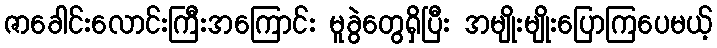
ဇာခေါင်းလောင်းကြီးအကြောင်း မူခွဲတွေရှိပြီး အမျိုးမျိုးပြောကြပေမယ့်